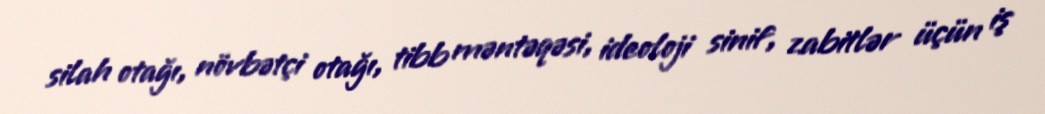
silah otağı, növbətçi otağı, tibb məntəqəsi, ideoloji sinif, zabitlər üçün iş